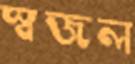
স্বজল